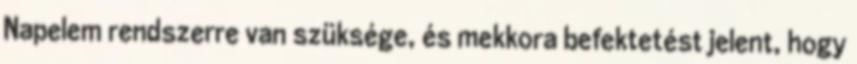
Napelem rendszerre van szüksége, és mekkora befektetést jelent, hogy